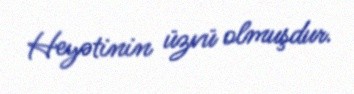
Heyətinin üzvü olmuşdur.